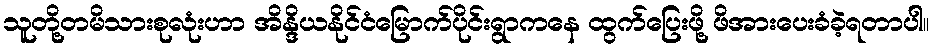
သူတို့တမိသားစုလုံးဟာ အိန္ဒိယနိုင်ငံမြောက်ပိုင်းရွာကနေ ထွက်ပြေးဖို့ ဖိအားပေးခံခဲ့ရတာပါ။